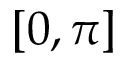
[ 0 , \pi ]